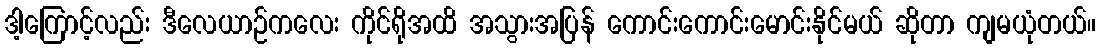
ဒါ့ကြောင့်လည်း ဒီလေယာဉ်ကလေး ကိုင်ရိုအထိ အသွားအပြန် ကောင်းကောင်းမောင်းနိုင်မယ် ဆိုတာ ကျမယုံတယ်။